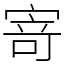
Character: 𭔃